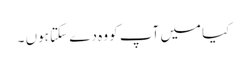
کیا میں آپ کو وہ دے سکتا ہوں ۔